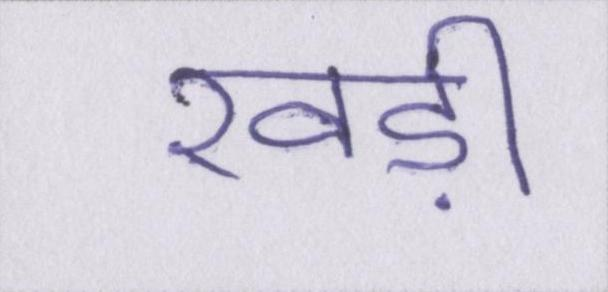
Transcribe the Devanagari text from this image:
खड़ी